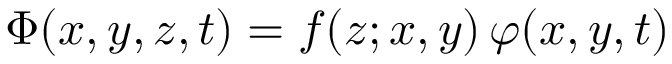
\Phi ( x , y , z , t ) = f ( z ; x , y ) \, \varphi ( x , y , t )